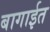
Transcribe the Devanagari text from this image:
बागाईत